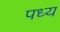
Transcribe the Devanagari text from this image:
पध्य